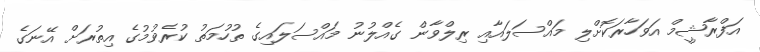
އަފްރާޝީމް އަވަހާރަކޮށްލި މައްސަލައާއި ރިލްވާން ގެއްލުނު މައްސަލައިގެ ތުހުމަތު ކުރެވުމުގެ އިތުރަށް އޭނަގެ